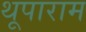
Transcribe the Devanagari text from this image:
थूपाराम